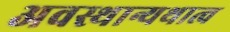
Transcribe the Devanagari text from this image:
अवस्थान्यथात्व